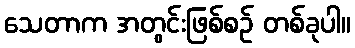
သေတာက အတွင်းဖြစ်စဉ် တစ်ခုပါ။